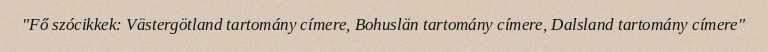
"Fő szócikkek: Västergötland tartomány címere, Bohuslän tartomány címere, Dalsland tartomány címere"